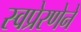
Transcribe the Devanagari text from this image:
स्वप्रेरणेने